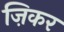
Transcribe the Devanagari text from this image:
ज़िकर